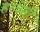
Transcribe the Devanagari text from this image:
हरवेसी